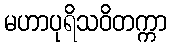
မဟာပုရိသဝိတက္ကာ